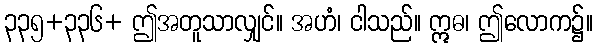
၃၃၅+၃၃၆+ ဤအတူသာလျှင်။ အဟံ၊ ငါသည်။ ဣဓ၊ ဤလောက၌။